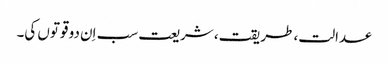
عدالت، طریقت، شریعت سب اِن دو قوتوں کی۔